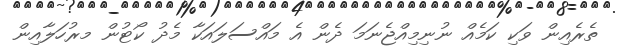
ތެރެއިން ވަކި ކަމެއް ނުނިމިއްޖެނަމަ ދެން އެ މައްސަލައަކާ މެދު ކޯޓުން މރުހަލާއިން